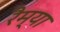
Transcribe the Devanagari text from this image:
रैम्या